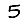
Digit: 5